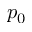
p _ { 0 }